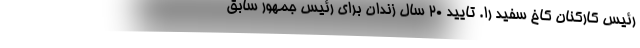
رئیس کارکنان کاخ سفید را. تایید 20 سال زندان برای رئیس جمهور سابق